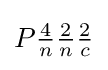
P{\tfrac {4}{n}}{\tfrac {2}{n}}{\tfrac {2}{c}}